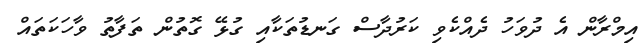
އިމްރާން އެ ދުވަހު ދެއްކެވި ކަރުދާސް ގަނޑުތަކާއި ގުޅޭ ގޮތުން ތަފާތު ވާހަކަތައް